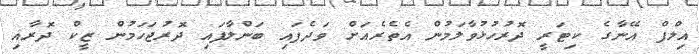
އިލްފް އޭނާގެ ކިޓަރީ ދޮރުހުޅުވާލަމުން އެތެރެއަށް ވަދެފައި ބަންލާފައި ދޮރުޖަހަމުން ޒީކް ދޮރާއި